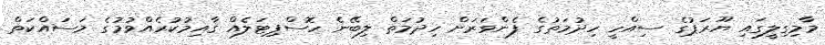
މާމިގިލީގައި ޔޫރަޕުގެ ސިއްހީ ހިދުމަތުގެ ފެންވަރަށް ހިދުމަތް ލިބޭނެ ހޮސްޕިޓަލެއް ޤާއިމުކުރެއްވުމުގެ މަސައްކަތް